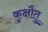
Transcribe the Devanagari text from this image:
कुक्षौतु